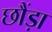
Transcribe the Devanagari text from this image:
छौंड़ा